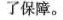
了保障。